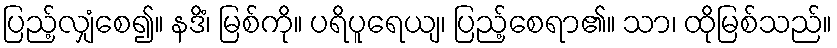
ပြည့်လျှံစေ၍။ နဒိံ၊ မြစ်ကို။ ပရိပူရေယျ၊ ပြည့်စေရာ၏။ သာ၊ ထိုမြစ်သည်။